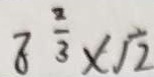
8 \frac { 2 } { 3 } \times \sqrt { 2 }